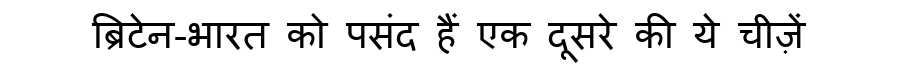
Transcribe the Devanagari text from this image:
ब्रिटेन-भारत को पसंद हैं एक दूसरे की ये चीज़ें